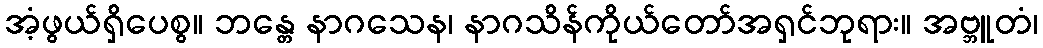
အံ့ဖွယ်ရှိပေစွ။ ဘန္တေ နာဂသေန၊ နာဂသိန်ကိုယ်တော်အရှင်ဘုရား။ အဗ္ဘူတံ၊